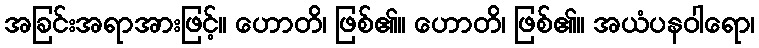
အခြင်းအရာအားဖြင့်။ ဟောတိ၊ ဖြစ်၏။ ဟောတိ၊ ဖြစ်၏။ အယံပနဝါရော၊